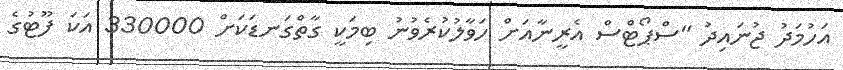
އަހުމަދު ޖުނައިދު "ސްޕޯޓްސް އެރީނާއަށް ހަވާލުކުރެވުނު ބިމަކީ ގާތްގަނޑަކަށް 330000 އަކަ ފޫޓުގެ